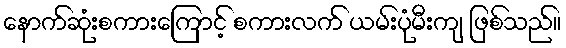
နောက်ဆုံးစကားကြောင့် စကားလက် ယမ်းပုံမီးကျ ဖြစ်သည်။